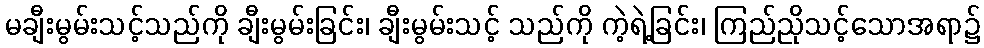
မချီးမွမ်းသင့်သည်ကို ချီးမွမ်းခြင်း၊ ချီးမွမ်းသင့် သည်ကို ကဲ့ရဲ့ခြင်း၊ ကြည်ညိုသင့်သောအရာ၌